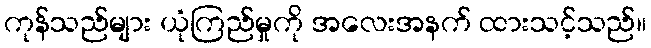
ကုန်သည်များ ယုံကြည်မှုကို အလေးအနက် ထားသင့်သည်။